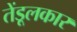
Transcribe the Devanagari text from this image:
तेंडूलकार